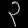
Digit: ၃